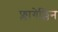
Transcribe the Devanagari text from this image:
फ्लागेल्लिन